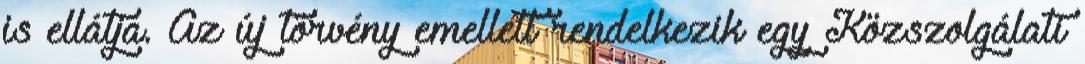
is ellátja. Az új törvény emellett rendelkezik egy Közszolgálati